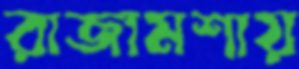
রাজামশায়